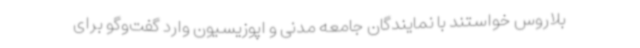
بلاروس خواستند با نمایندگان جامعه مدنی و اپوزیسیون وارد گفت‌وگو برای